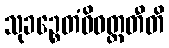
သုခဉ္စေတံဓိဝတ္တတီတိ